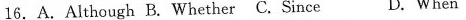
16.A.Although B.Whether C.Since D.When